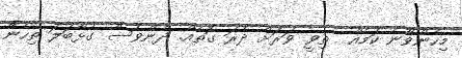
މިހެންވާނެ ކަމެއް  ތިވީ ވަރަށް ދެރަ ގޮތެއް. ދެންވެސް ގުޅާބަލަ ތިހެން